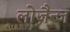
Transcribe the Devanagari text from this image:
लोज़ैन्ज